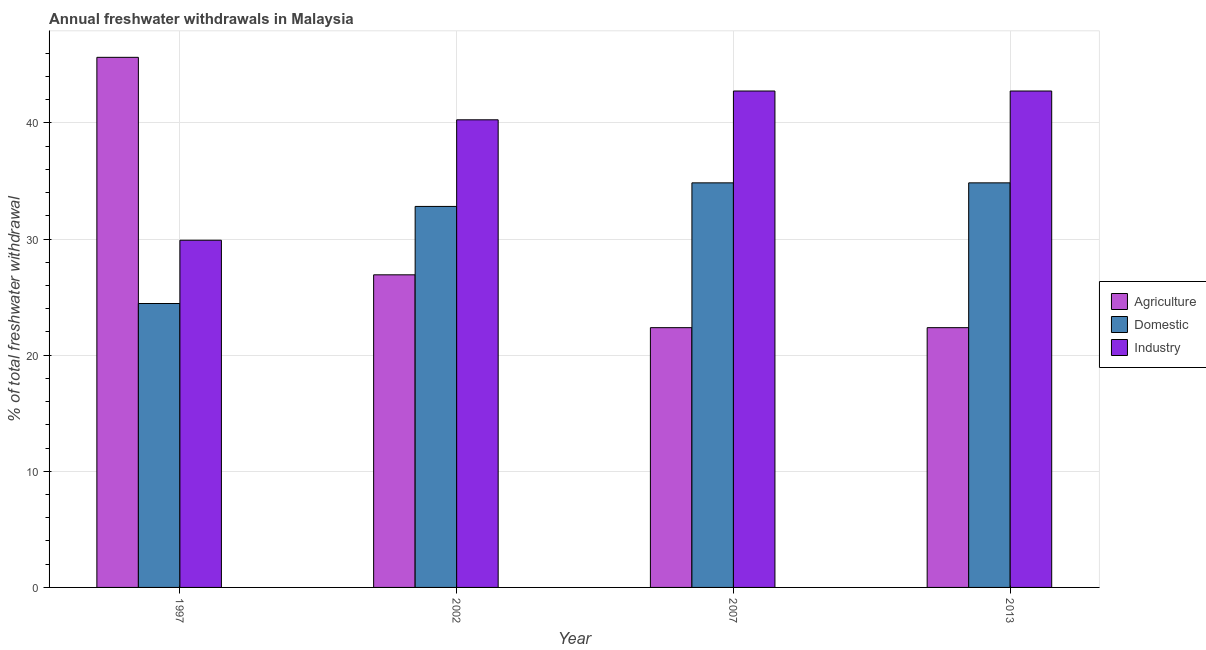
| Year | Agriculture | Domestic | Industry |
 | --- | --- | --- | --- |
 | 1997 | 45.6 | 24.4 | 29.9 |
 | 2002 | 26.9 | 32.8 | 40.3 |
 | 2007 | 22.4 | 34.8 | 42.8 |
 | 2013 | 22.4 | 34.8 | 42.8 |